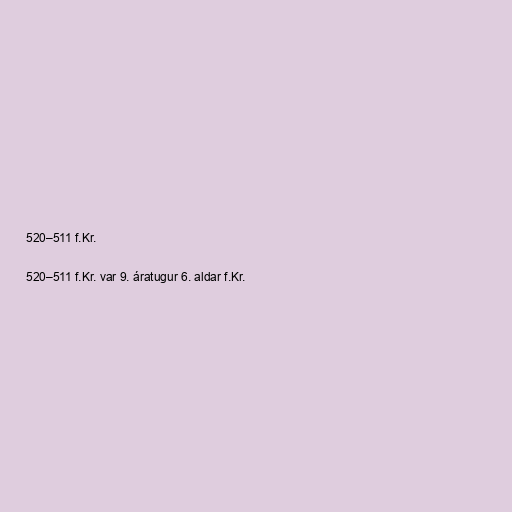
520–511 f.Kr.

520–511 f.Kr. var 9. áratugur 6. aldar f.Kr.